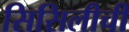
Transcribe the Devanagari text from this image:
सिसिलीची